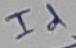
Text: Id